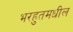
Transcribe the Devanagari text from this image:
भरहुतमधील